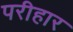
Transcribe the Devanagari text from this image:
परीहार